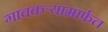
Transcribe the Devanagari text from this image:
गावकऱ्यांमार्फत